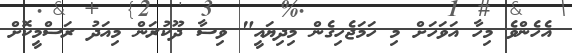
އެހެންވެ މިހާ އަވަހަށް މި ހަމަޖެހިގެން މިދިޔައީ" ވިސާ ދޫކުރަން މިއަދު ރަސްމީކޮށް